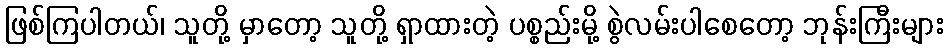
ဖြစ်ကြပါတယ်၊ သူတို့ မှာတော့ သူတို့ ရှာထားတဲ့ ပစ္စည်းမို့ စွဲလမ်းပါစေတော့ ဘုန်းကြီးများ